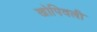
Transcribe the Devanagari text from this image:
खोपिवली